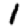
Digit: 1